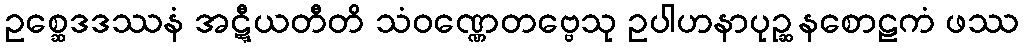
ဥစ္ဆေဒဒဿနံ အဋ္ဋီယတီတိ သံဝဏ္ဏေတဗ္ဗေသု ဥပါဟနာပုဉ္ဆနစောဠကံ ဖဿ